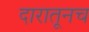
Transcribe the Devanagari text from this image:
दारातूनच